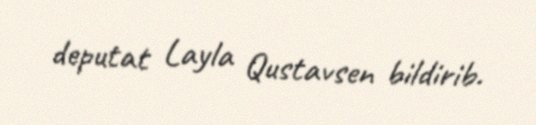
deputat Layla Qustavsen bildirib.